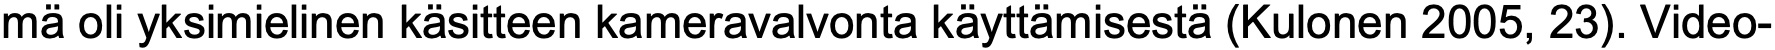
mä oli yksimielinen käsitteen kameravalvonta käyttämisestä (Kulonen 2005, 23). Video-